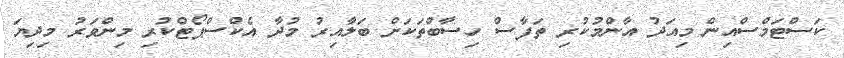
ކަސްޓަމްސްއިން މިއަދު އާންމުކުރި ތަފާސް ހިސާބްތަކަށް ބަލާއިރު މުދާ އެކްސްޕޯޓްކުރި މިންވަރު މިދިޔަ